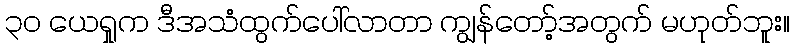
၃၀ ယေရှုက ဒီအသံထွက်ပေါ်လာတာ ကျွန်တော့်အတွက် မဟုတ်ဘူး။